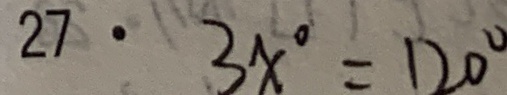
2 7 . 3 x ^ { \circ } = 1 2 0 ^ { \circ }